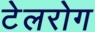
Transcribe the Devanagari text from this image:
टेलरोग